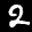
Label: 2